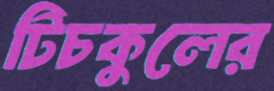
টিচকুলের